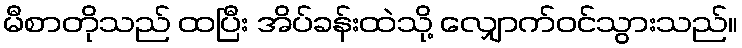
မီစာတိုသည် ထပြီး အိပ်ခန်းထဲသို့ လျှောက်ဝင်သွားသည်။